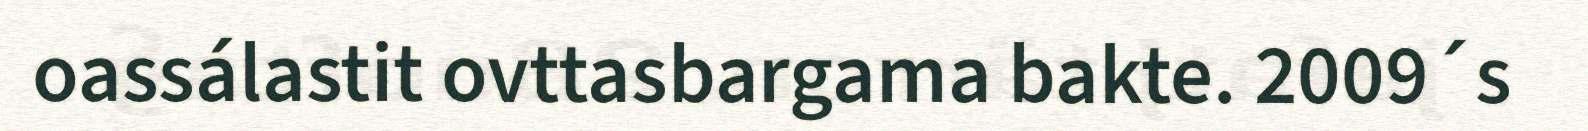
oassálastit ovttasbargama bakte. 2009´s